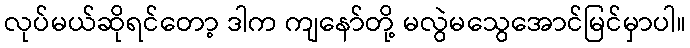
လုပ်မယ်ဆိုရင်တော့ ဒါက ကျနော်တို့ မလွဲမသွေအောင်မြင်မှာပါ။